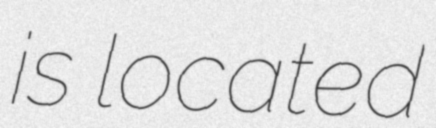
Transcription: is located